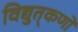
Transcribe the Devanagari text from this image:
विद्युत्‌कणों